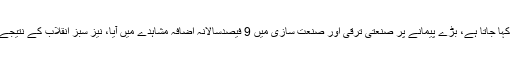
اس دور میں، جس کو ساٹھ کی سنہری دہائی کہا جاتا ہے، بڑے پیمانے پر صنعتی ترقی اور صنعت سازی میں 9 فیصدسالانہ اضافہ مشاہدے میں آیا، نیز سبز انقلاب کے نتیجے میں زرعی شرح 4 فیصد سالانہ تک ہوگئی۔